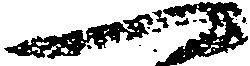
一